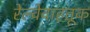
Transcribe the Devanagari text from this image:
रेल्वेवाहतूक